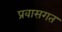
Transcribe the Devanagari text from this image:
प्रवासगत